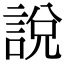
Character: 說